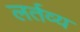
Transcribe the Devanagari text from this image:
लर्तव्य